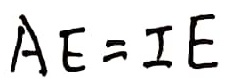
A E = I E